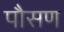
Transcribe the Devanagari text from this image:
पौसण